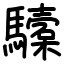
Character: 驝